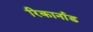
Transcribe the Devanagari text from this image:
रिकार्नाड